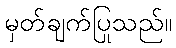
မှတ်ချက်ပြုသည်။